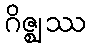
ဂိဇ္ဈဿ